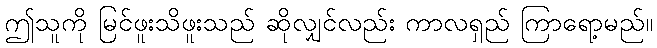
ဤသူကို မြင်ဖူးသိဖူးသည် ဆိုလျှင်လည်း ကာလရှည် ကြာရော့မည်။